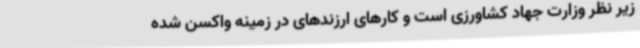
زیر نظر وزارت جهاد کشاورزی است و کارهای ارزندهای در زمینه واکسن شده